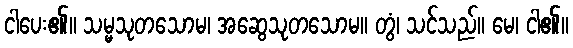
ငါပေး၏။ သမ္မသုတသောမ၊ အဆွေသုတသောမ။ တွံ၊ သင်သည်။ မေ၊ ငါ၏။